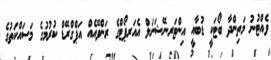
ވެއްޓުނު މަތިންދާ ބޯޓަކީ ޑުބާއީ އިންޓަރނޭޝަނަލް އެއަރޕޯޓްގެ ރަންވޭއެއް އަޕްގްރޭޑް ކުރުމުގެ މަސައްކަތުގެ